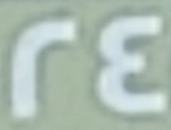
24